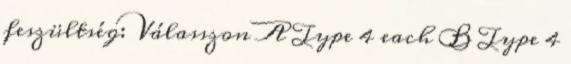
feszültség: Válasszon A Type 4 each B Type 4